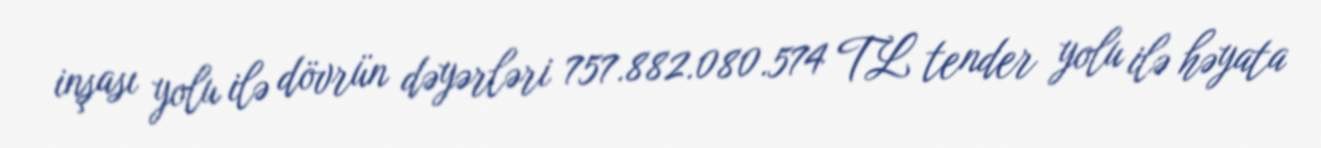
inşası yolu ilə dövrün dəyərləri 757.882.080.574 TL tender yolu ilə həyata